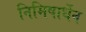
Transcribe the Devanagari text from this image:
निमिषार्धेन